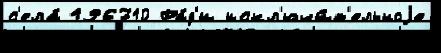
с'ела́ 196710 Ра́д'и искл'ючи́т'ельноjе